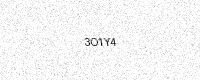
Text: 3O1Y4